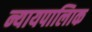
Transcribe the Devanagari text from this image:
न्यायपालिाक